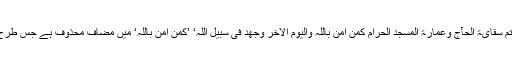
مشرکین کی خدمت بیت اللہ بے ثمر: ’اَجَعَلْتُمْ سِقَایَۃَ الْحَآجِّ وَعِمَارَۃَ الْمَسْجِدِ الْحَرَامِ کَمَنْ اٰمَنَ بِاللّٰہِ وَالْیَوْمِ الْاٰخِرِ وَجٰھَدَ فِیْ سَبِیْلِ اللّٰہِ‘ ’کَمَنْ اٰمَنَ بِاللّٰہِ‘ میں مضاف محذوف ہے جس طرح ’وَلٰکِنَّ الْبِرَّ مَنْ اٰمَنَ بِاللّٰہِ‘ میں محذوف ہے۔